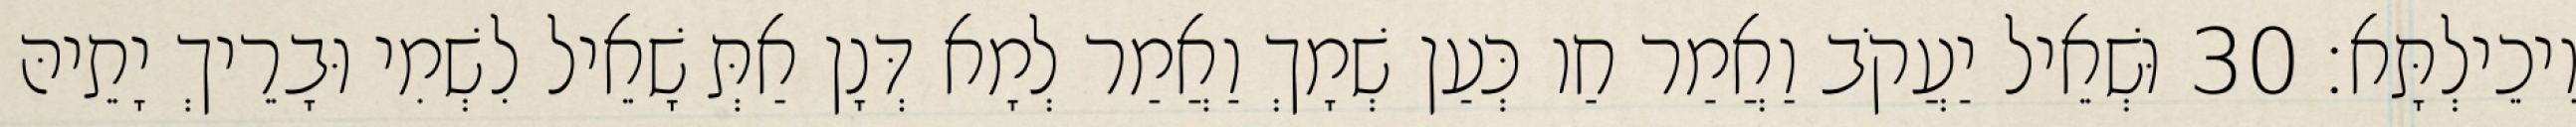
וִיכֵילְתָּא׃ 30 וּשְׁאֵיל יַעֲקֹב וַאֲמַר חַו כְּעַן שְׁמָךְ וַאֲמַר לְמָא דְּנָן אַתְּ שָׁאֵיל לִשְׁמִי וּבָרֵיךְ יָתֵיהּ